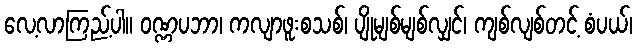
လေ့လာကြည့်ပါ။ ဝဏ္ဏပဘာ၊ ကလျာဖူးစသစ်၊ ပျိုမျစ်မျစ်လျှင်၊ ကျစ်လျစ်တင့် စံပယ်၊